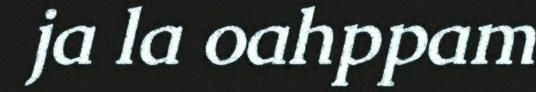
ja la oahppam